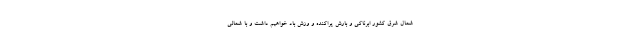
شمال شرق کشور ابرناکی و بارش پراکنده و وزش باد خواهیم داشت و با شمالی